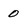
Character: 0